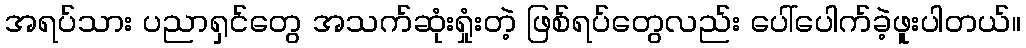
အရပ်သား ပညာရှင်တွေ အသက်ဆုံးရှုံးတဲ့ ဖြစ်ရပ်တွေလည်း ပေါ်ပေါက်ခဲ့ဖူးပါတယ်။